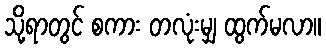
သို့ရာတွင် စကား တလုံးမျှ ထွက်မလာ။